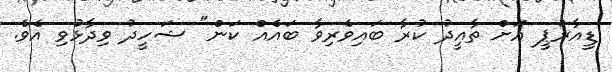
ޑީއާރުޕީ އަށް ތާއީދު ކުރާ ބައިވެރިވާ ބައެއް ކަން" ޝަހީދު ވިދާޅުވި އެވެ.